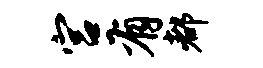
宫有都